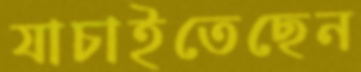
যাচাইতেছেন